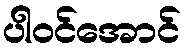
ပါဝင်အောင်